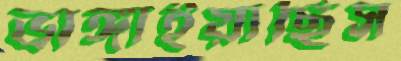
ভাঙ্গাইয়াছিস